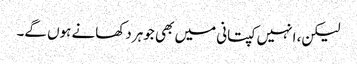
لیکن، انہیں کپتانی میں بھی جوہر دکھانے ہوں گے۔